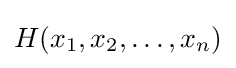
H(x_{1},x_{2},\dots ,x_{n})